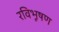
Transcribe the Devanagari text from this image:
रविभूषण